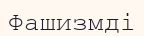
Фашизмді